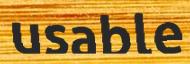
usable